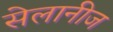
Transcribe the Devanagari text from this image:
सेलानीज